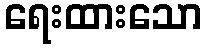
ရေးထားသော